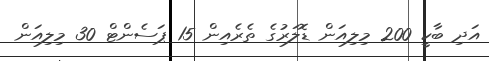
އަދި ބާކީ 200 މިލިއަން ޑޮލަރުގެ ތެރެއިން 15 ޕަސެންޓް 30 މިލިއަން